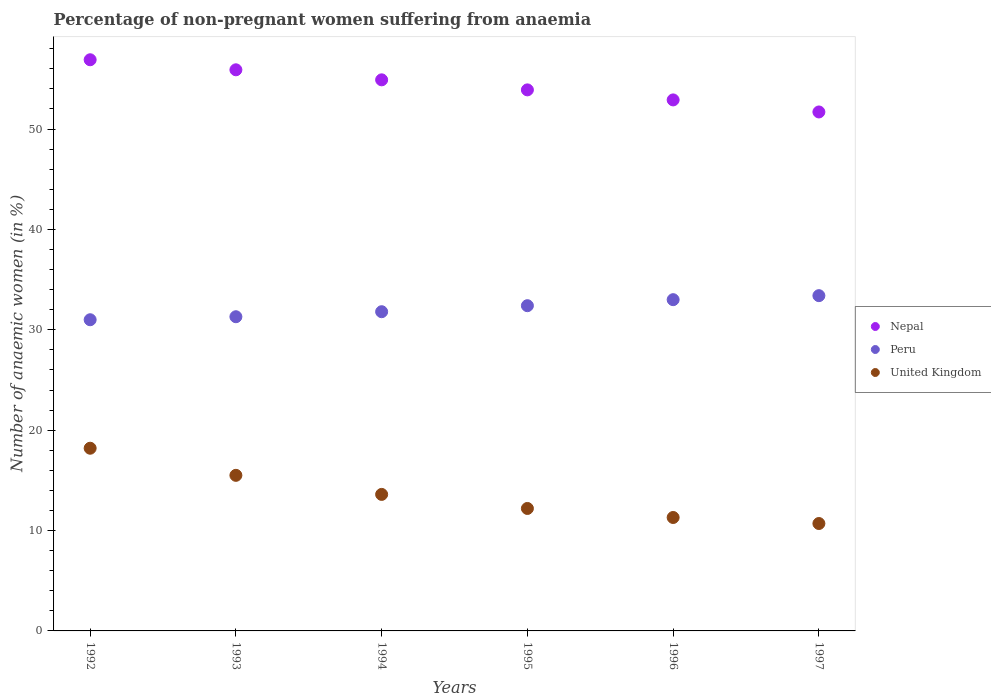
| Years | Nepal | Peru | United Kingdom |
 | --- | --- | --- | --- |
 | 1992 | 56.9 | 31 | 18.2 |
 | 1993 | 55.9 | 31.3 | 15.5 |
 | 1994 | 54.9 | 31.8 | 13.6 |
 | 1995 | 53.9 | 32.4 | 12.2 |
 | 1996 | 52.9 | 33 | 11.3 |
 | 1997 | 51.7 | 33.4 | 10.7 |